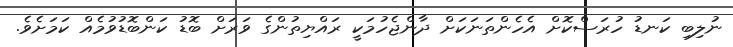
ނުލިބި ކަނޑު ހުރަސްކޮށް އެހެންތަނަކަށް ދާންޖެހުމަކީ ރައްޔިތުންގެ ވަރަށް ބޮޑު ކަންބޮޑުވުމެއް ކަމަށެވެ.